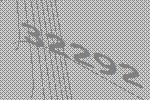
32292